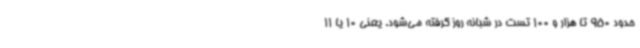
حدود 950 تا هزار و 100 تست در شبانه روز گرفته می‌شود. یعنی 10 یا 11